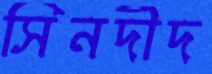
সিনদীদ